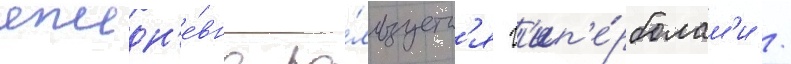
ежедн'е́вно по́льзуетс'я г'ип'е́рболам'и /